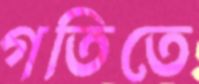
গতিতে